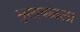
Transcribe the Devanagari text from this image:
भुसावळला